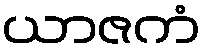
ယာဇကံ